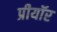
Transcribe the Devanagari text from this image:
प्रीयॉर